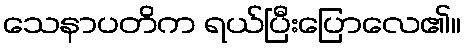
သေနာပတိက ရယ်ပြီးပြောလေ၏။